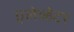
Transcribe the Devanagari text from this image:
एलेव्हेटर